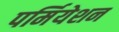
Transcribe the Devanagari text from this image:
पर्मियेशन